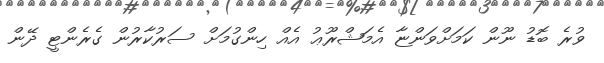
ވުރެ ބޮޑު ނޫން ކަމަށްވަންޏާ އެމަޝްރޫޢު އެއް ހިންގުމަށް ސަރުކާރުން ގެރެންޓީ ދޭން